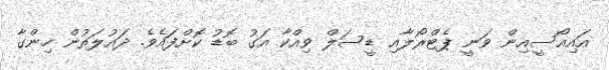
އައިއޯސީއިން ވަނީ ޕެޓްރޯލާއި ޑީސަލް ވިއްކާ އަގު ބޮޑު ކޮށްފައެވެ. ދައުލަތުން ހިންގާ